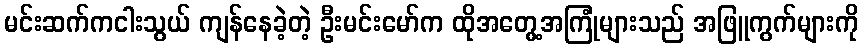
မင်းဆက်ကငါးသွယ် ကျန်နေခဲ့တဲ့ ဦးမင်းမော်က ထိုအတွေ့အကြုံများသည် အဖြူကွက်များကို